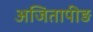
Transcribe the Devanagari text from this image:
अजितापीड़